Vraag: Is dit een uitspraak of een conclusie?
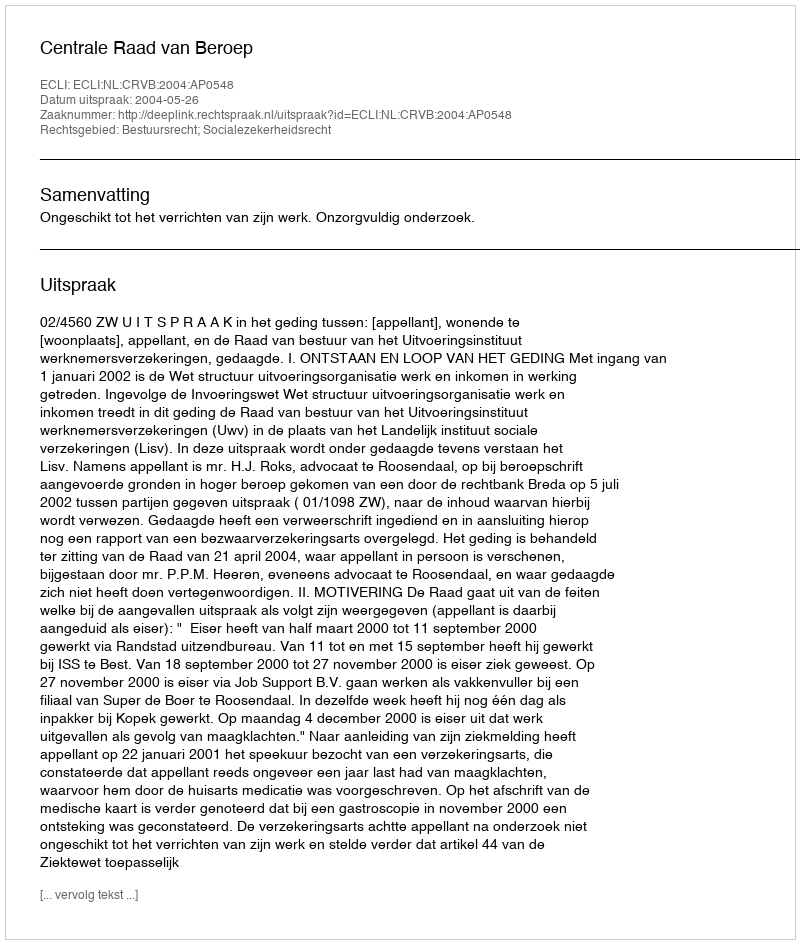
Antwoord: Uitspraak